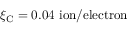
\xi _ { \mathrm { C } } = 0 . 0 4 ~ \mathrm { i o n / e l e c t r o n }